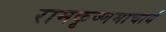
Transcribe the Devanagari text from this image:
रामकृष्णमाचार्य